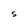
Character: S